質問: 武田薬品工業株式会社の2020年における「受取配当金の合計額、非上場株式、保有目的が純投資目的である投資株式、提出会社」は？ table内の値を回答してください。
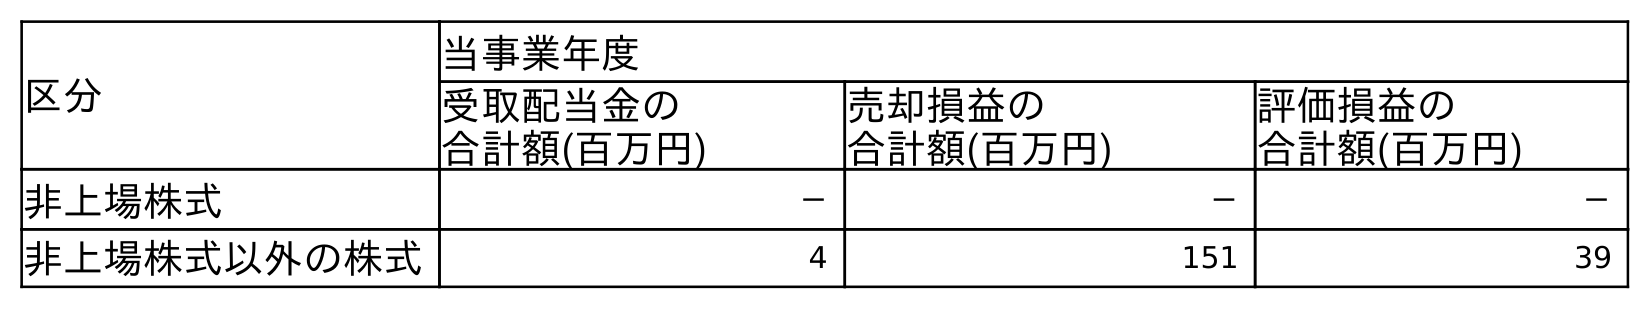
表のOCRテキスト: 区分 当事業年度 受取配当金の 合計額(百万円) 売却損益の 合計額(百万円) 評価損益の 合計額(百万円) 非上場株式 － － － 非上場株式以外の株式 4 151 39
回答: －